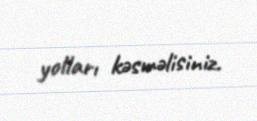
yolları kəsməlisiniz.